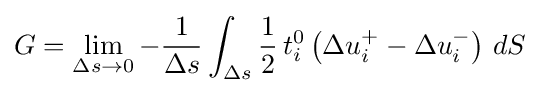
G=\lim _{\Delta s\to 0}-{\frac {1}{\Delta s}}\int _{\Delta s}{\frac {1}{2}}\,t_{i}^{0}\left(\Delta u_{i}^{+}-\Delta u_{i}^{-}\right)\,dS